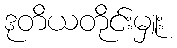
ဒုတိယတိုင်းမှူး